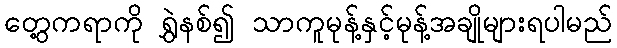
တွေ့ကရာကို ရွှဲနစ်၍ သာကူမုန့်နှင့်မုန့်အချိုများရပါမည်